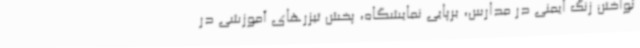
نواختن زنگ ایمنی در مدارس، برپایی نمایشگاه، پخش تیزرهای آموزشی در